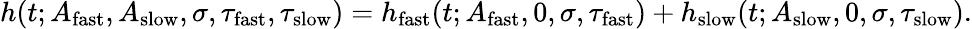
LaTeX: h(t;A_{\mathrm{fast}},A_{\mathrm{slow}},\sigma,\tau_{\mathrm{fast}},\tau_{\mathrm{slow}})=h_{\mathrm{fast}}(t;A_{\mathrm{fast}},0,\sigma,\tau_{\mathrm{fast}})+h_{\mathrm{slow}}(t;A_{\mathrm{slow}},0,\sigma,\tau_{\mathrm{slow}}).